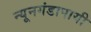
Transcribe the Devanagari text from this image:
न्यूनगंडापायी